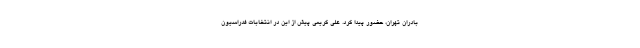
بادران تهران، حضور پیدا کرد. علی کریمی پیش از این در انتخابات فدراسیون